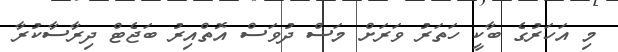
މި އަހަރުގެ ބާކީ ހަތަރު ވަރަށް މަސް ދުވަސް އޮތްއިރު ބަޖެޓް ދިރާސާކުރާ